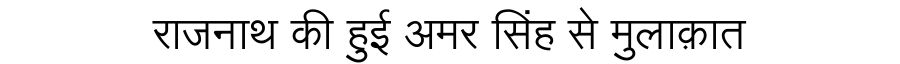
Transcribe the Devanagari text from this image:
राजनाथ की हुई अमर सिंह से मुलाक़ात